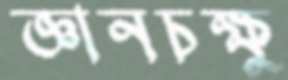
জ্ঞানচক্ষু